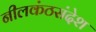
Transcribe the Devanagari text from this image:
नीलकंठसंदेश